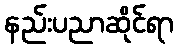
နည်းပညာဆိုင်ရာ